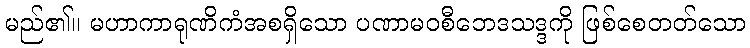
မည်၏။ မဟာကာရုဏိကံအစရှိသော ပဏာမဝစီဘေဒသဒ္ဒကို ဖြစ်စေတတ်သော